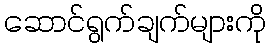
ဆောင်ရွက်ချက်များကို